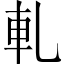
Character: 軋